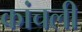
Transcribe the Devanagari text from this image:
कांचली